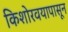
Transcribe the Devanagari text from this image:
किशोरवयापासून